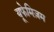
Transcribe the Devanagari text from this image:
यूफेमिज़म